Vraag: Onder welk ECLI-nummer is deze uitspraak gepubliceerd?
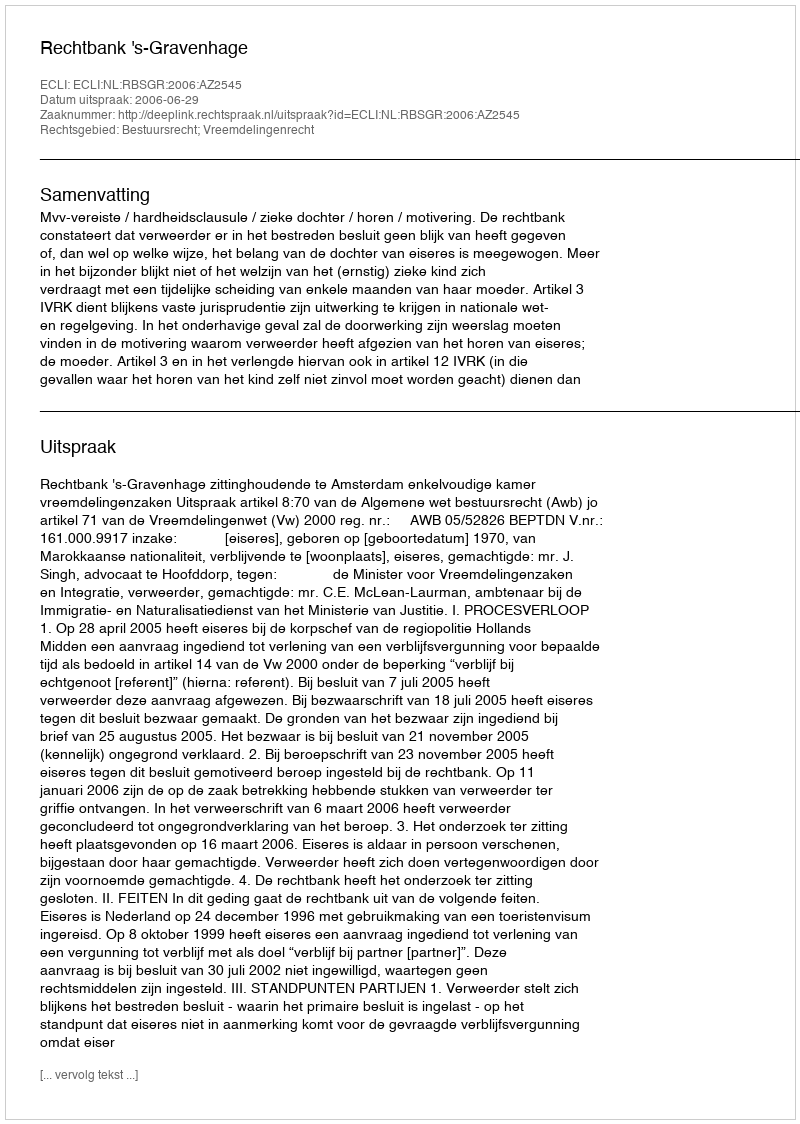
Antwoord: ECLI:NL:RBSGR:2006:AZ2545